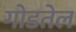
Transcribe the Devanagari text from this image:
गोडतेल